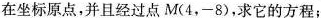
在坐标原点，并且经过点M(4，-8)，求它的方程；